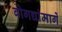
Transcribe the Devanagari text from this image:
बोगद्यांमार्गे